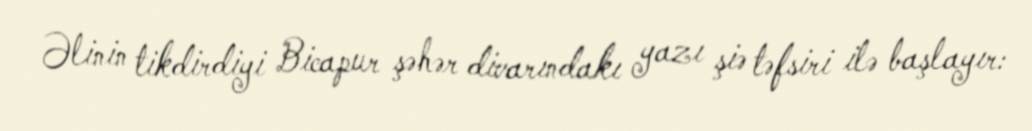
Əlinin tikdirdiyi Bicapur şəhər divarındakı yazı şiə təfsiri ilə başlayır: